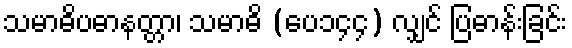
သမာဓိပဓာနတ္တာ၊ သမာဓိ (ပေ၁၄၄) လျှင် ပြဓာန်းခြင်း